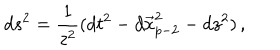
d s ^ { 2 } = \frac { 1 } { z ^ { 2 } } ( d t ^ { 2 } - d \vec { x } _ { p - 2 } ^ { 2 } - d z ^ { 2 } ) \, ,